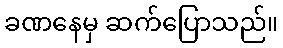
ခဏနေမှ ဆက်ပြောသည်။